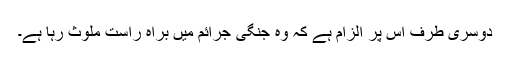
دوسری طرف اس پر الزام ہے کہ وہ جنگی جرائم میں براہ راست ملوث رہا ہے۔